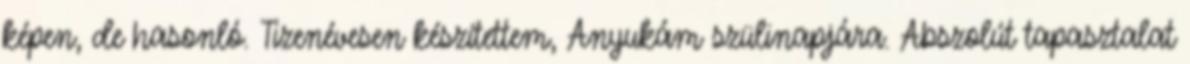
képen, de hasonló. Tizenévesen készítettem, Anyukám szülinapjára. Abszolút tapasztalat